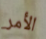
الأمر